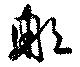
那